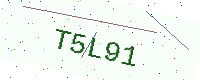
Text: T5L91